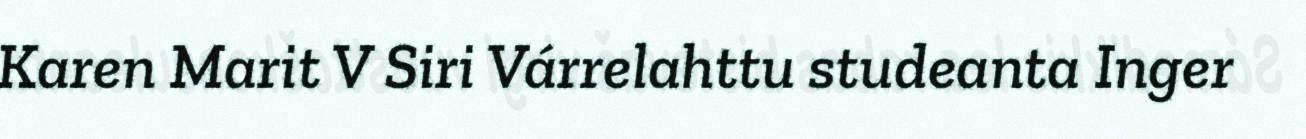
Karen Marit V Siri Várrelahttu studeanta Inger